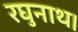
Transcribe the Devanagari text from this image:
रघुनाथ।